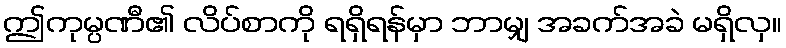
ဤကုမ္ပဏီ၏ လိပ်စာကို ရရှိရန်မှာ ဘာမျှ အခက်အခဲ မရှိလှ။